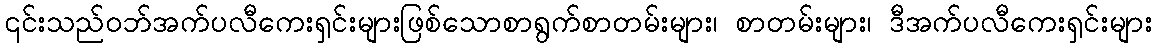
၎င်းသည်ဝဘ်အက်ပလီကေးရှင်းများဖြစ်သောစာရွက်စာတမ်းများ၊ စာတမ်းများ၊ ဒီအက်ပလီကေးရှင်းများ